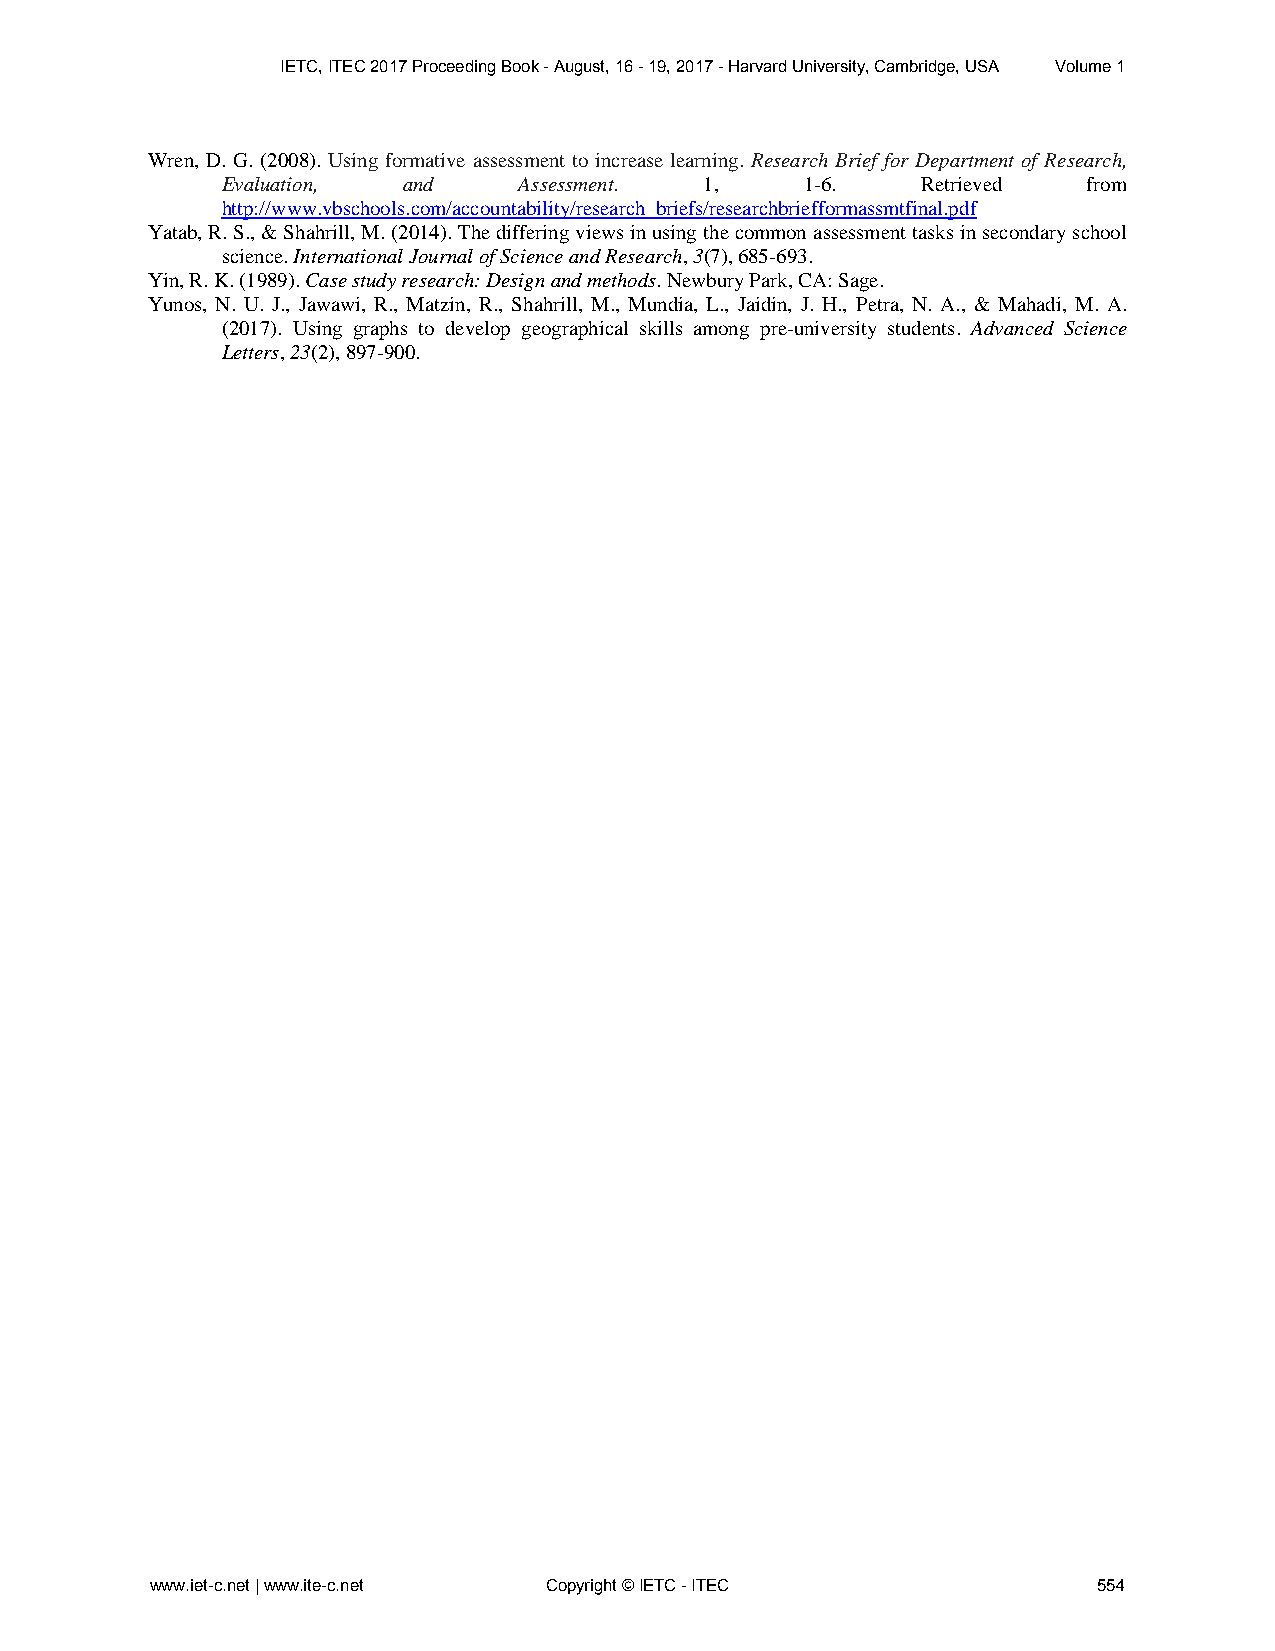
IETC, ITEC 2017 Proceeding Book - August, 16 - 19, 2017 - Harvard University, Cambridge, USA Volume 1
 Wren, D. G. (2008). Using formative assessment to increase learning. Research Brief for Department of Research,
 Evaluation, and    Assessment.  1,    1-6.    Retrieved  from
 http://www.vbschools.com/accountability/research_briefs/researchbriefformassmtfinal.pdf
 Yatab, R. S., & Shahrill, M. (2014). The differing views in using the common assessment tasks in secondary school
 science. International Journal of Science and Research, 3(7), 685-693.
 Yin, R. K. (1989). Case study research: Design and methods. Newbury Park, CA: Sage.
 Yunos, N. U. J., Jawawi, R., Matzin, R., Shahrill, M., Mundia, L., Jaidin, J. H., Petra, N. A., & Mahadi, M. A.
 (2017). Using graphs to develop geographical skills among pre-university students. Advanced Science
 Letters, 23(2), 897-900.
 www.iet-c.net | www.ite-c.net Copyright © IETC - ITEC          554